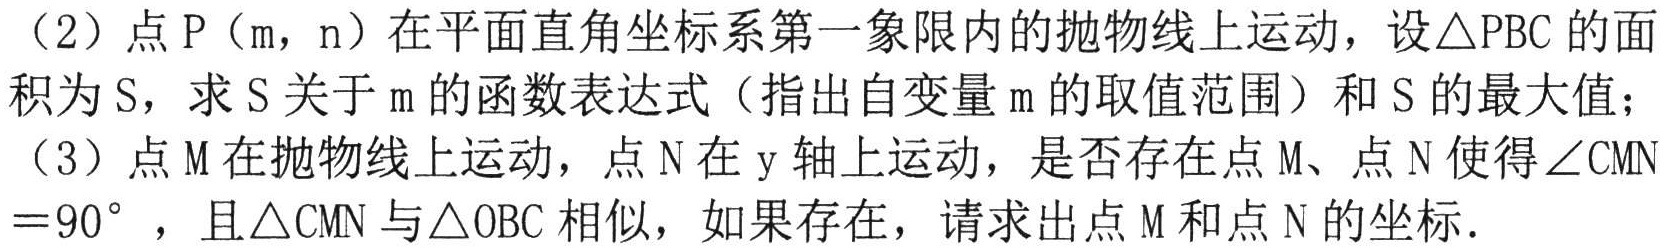
（2）点\(P(m,n)\)在平面直角坐标系第一象限内的抛物线上运动，设\(\triangle PBC\)的面积为\(S\)，求\(S\)关于\(m\)的函数表达式（指出自变量\(m\)的取值范围）和\(S\)的最大值；
（3）点\(M\)在抛物线上运动，点\(N\)在\(y\)轴上运动，是否存在点\(M\)、点\(N\)使得\(\angle CMN = 90^{\circ}\)，且\(\triangle CMN\)与\(\triangle OBC\)相似，如果存在，请求出点\(M\)和点\(N\)的坐标.